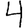
Digit: 4